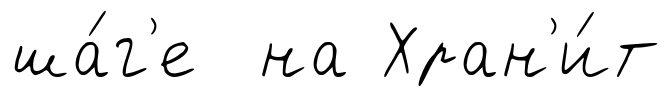
ша́г'е на Хран'и́т